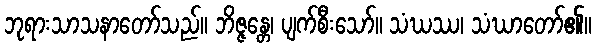
ဘုရားသာသနာတော်သည်။ ဘိဇ္ဇန္တေ၊ ပျက်စီးသော်။ သံဃဿ၊ သံဃာတော်၏။